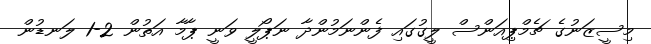
މިސީޒަނުގެ ޗެމްޕިއަންސް ލީގުގައި ފެންނަމުންދާ ނަޕޯލީ ވަނީ ޕާމާ އަތުން 2-1 ލަނޑުން